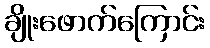
ချိုးဖောက်ကြောင်း